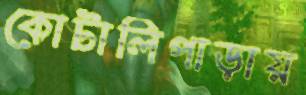
কোটালিপাড়ায়